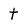
Character: t